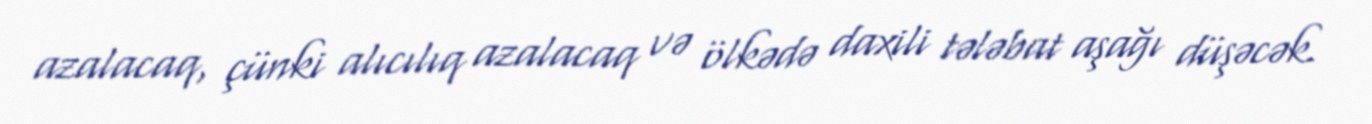
azalacaq, çünki alıcılıq azalacaq və ölkədə daxili tələbat aşağı düşəcək.